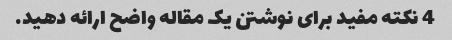
4 نکته مفید برای نوشتن یک مقاله واضح ارائه دهید.